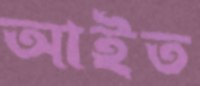
আইত